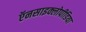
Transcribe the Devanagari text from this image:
ऍनसाइक्लोपीडिया